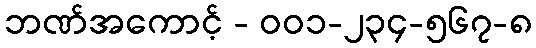
ဘဏ်အကောင့် - ၀၀၁-၂၃၄-၅၆၇-၈